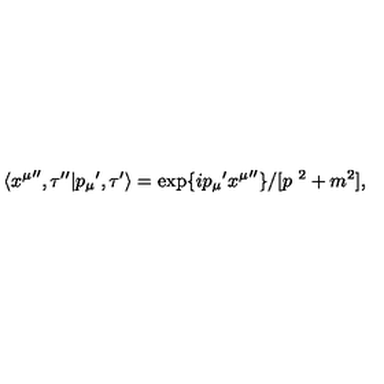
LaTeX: \langle { x ^ { \mu } } ^ { \prime \prime } , \tau ^ { \prime \prime } | { p _ { \mu } } ^ { \prime } , \tau ^ { \prime } \rangle = \exp \{ { i p _ { \mu } } ^ { \prime } { x ^ { \mu } } ^ { \prime \prime } \} / [ p ^ { \ 2 } + m ^ { 2 } ] ,